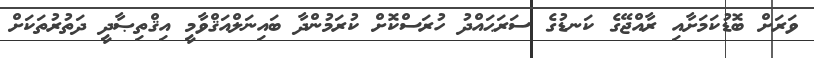
ވަރަށް ބޮޑުކަމަށާއި ރާއްޖޭގެ ކަނޑުގެ ސަރަޙައްދު ހުރަސްކޮށް ކުރަމުންދާ ބައިނަލްއަޤްވާމީ އިޤްތިޞާދީ ދަތުރުތަކަށް